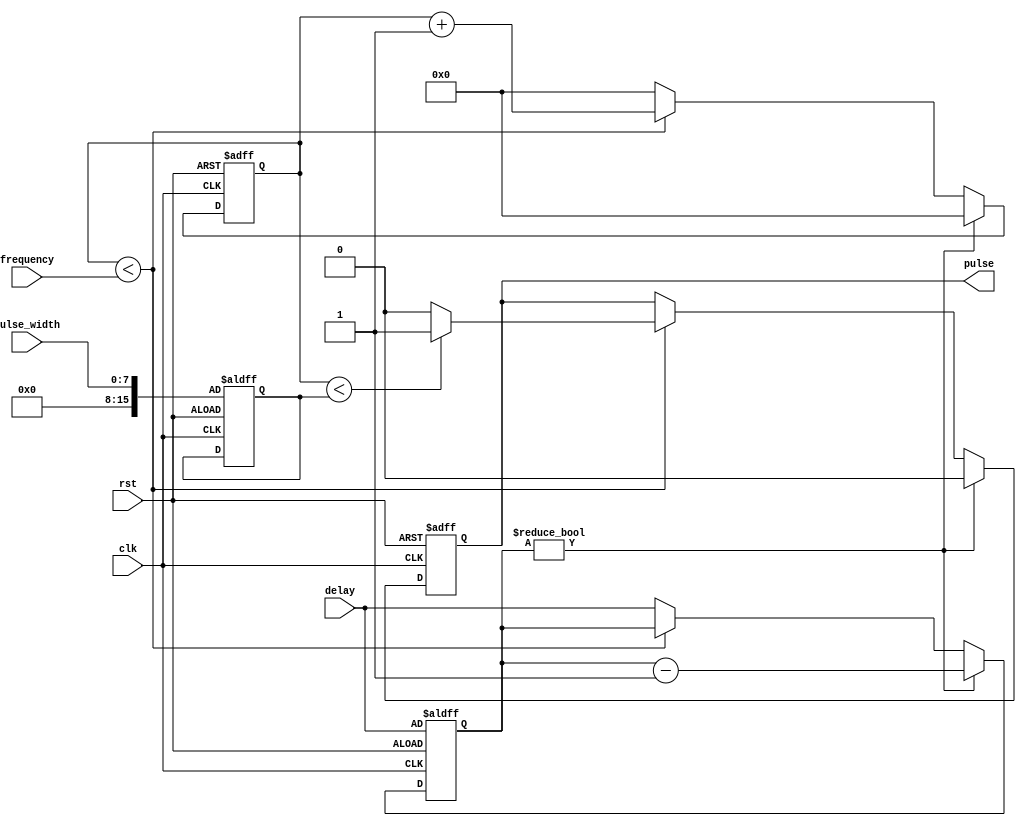
module programmable_pulse_generator(
    input wire clk,
    input wire rst,
    input wire [7:0] pulse_width,
    input wire [15:0] frequency,
    input wire [15:0] delay,
    output reg pulse
);

reg [15:0]  count;
reg [15:0]  delay_counter;
reg [15:0]  duty_cycle;

always @ (posedge clk or posedge rst)
begin
    if (rst)
    begin
        count <= 16'd0;
        delay_counter <= delay;
        duty_cycle <= pulse_width;
        pulse <= 1'b0;
    end
    else if (delay_counter != 16'd0)
    begin
        delay_counter <= delay_counter - 16'd1;
        count <= 16'd0;
        pulse <= 1'b0;
    end
    else if (count < frequency)
    begin
        count <= count + 16'd1;
        if (count < duty_cycle)
            pulse <= 1'b1;
        else
            pulse <= 1'b0;
    end
    else
    begin
        count <= 16'd0;
        delay_counter <= delay;
    end
end

endmodule